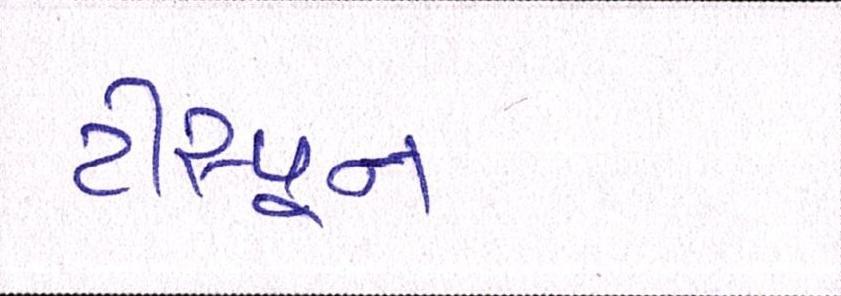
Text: ટીસ્પૂન